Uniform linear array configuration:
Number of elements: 48
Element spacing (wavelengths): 0.5
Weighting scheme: kaiser
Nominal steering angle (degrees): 0
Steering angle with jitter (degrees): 1.051
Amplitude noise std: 0.05
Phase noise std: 0.05

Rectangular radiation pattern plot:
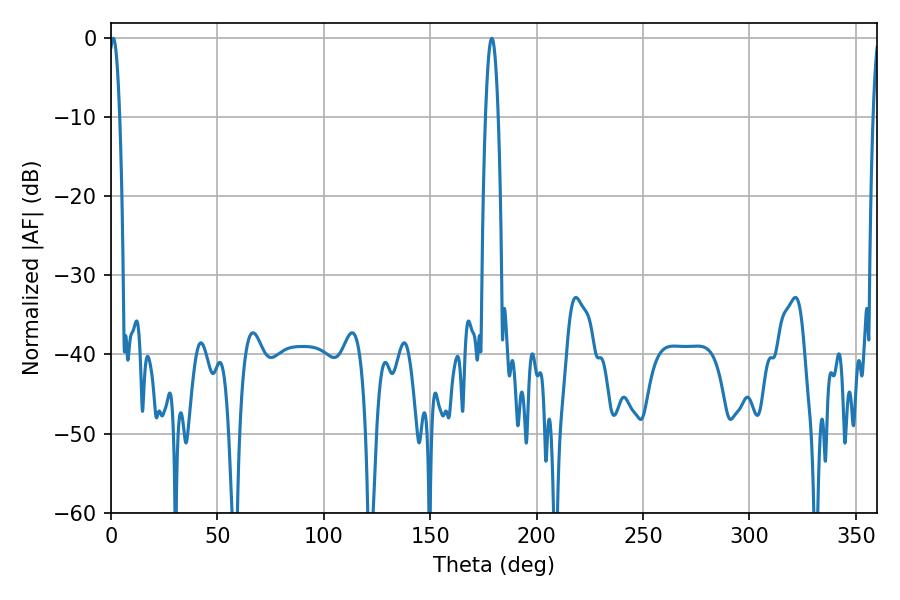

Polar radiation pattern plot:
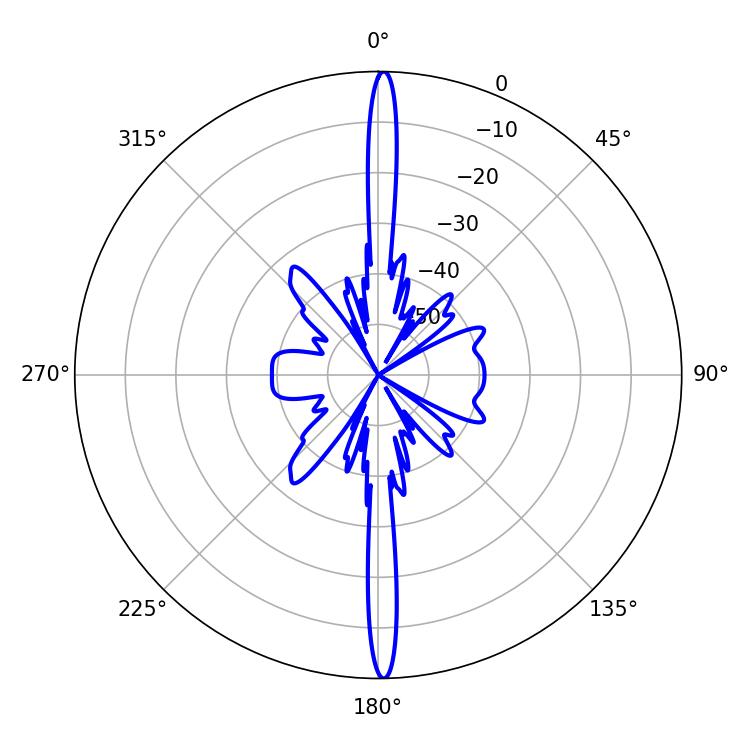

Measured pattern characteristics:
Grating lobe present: FALSE
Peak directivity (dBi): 29.418
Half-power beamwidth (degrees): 2.7
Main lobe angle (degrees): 1.08